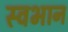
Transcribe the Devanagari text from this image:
स्वभान